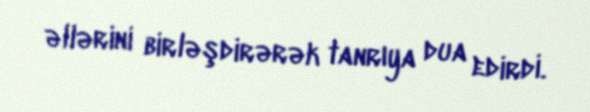
əllərini birləşdirərək tanrıya dua edirdi.